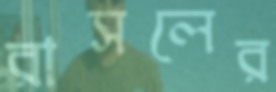
রাসলের